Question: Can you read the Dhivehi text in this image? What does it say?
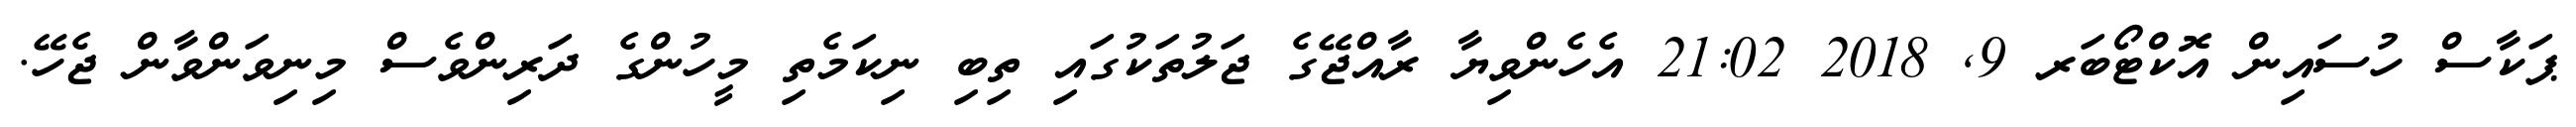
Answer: ޕަކާސް ހުސައިން އޮކްޓޯބަރ 9, 2018 21:02 އެހެންވިޔާ ރާއްޖޭގެ ޖަލުތަކުގައި ތިބި ނިކަމެތި މީހުންގެ ދަރިންވެސް މިނިވަންވާން ޖެހޭ.